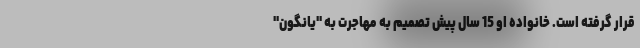
قرار گرفته است. خانواده او 15 سال پیش تصمیم به مهاجرت به "یانگون"